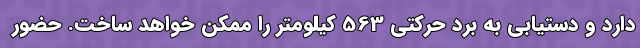
دارد و دستیابی به برد حرکتی 563 کیلومتر را ممکن خواهد ساخت. حضور